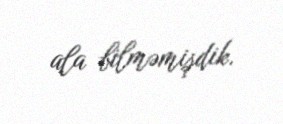
ala bilməmişdik.